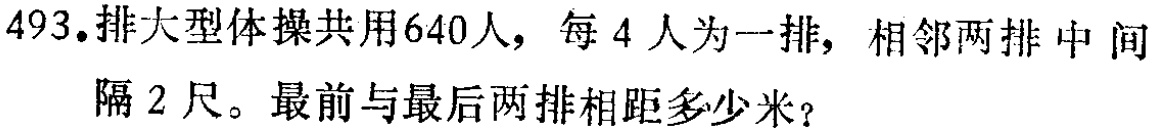
493.排大型体操共用640人，每4人为一排，相邻两排中间隔2尺。最前与最后两排相距多少米？